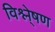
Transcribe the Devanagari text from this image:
विश्ले्षण